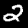
Digit: 2